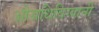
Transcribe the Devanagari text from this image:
औसधिविग्यानी